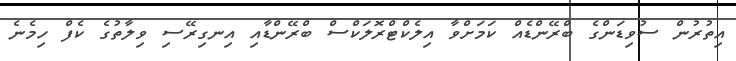
އިތުރުން ސުވިޑަންގެ ބްރޭންޑެއް ކަމަށްވާ އިލެކްޓްރޮލަކްސް ބްރޭންޑާއި އިނގިރޭސި ވިލާތުގެ ކެފް ހިމެނެ